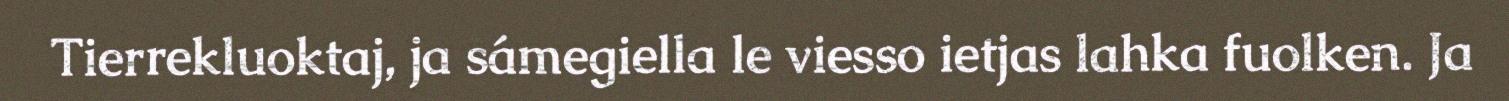
Tierrekluoktaj, ja sámegiella le viesso ietjas lahka fuolken. Ja